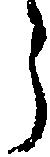
う